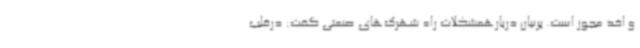
و اخذ مجوز است. پرنیان دربارهمشکلات راه شهرک‌های صنعتی گفت: درقلب